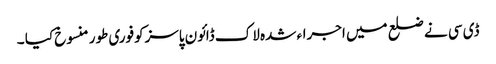
ڈی سی نے ضلع میں اجراء شدہ لاک ڈائون پاسزکوفوری طور منسوخ کیا ۔